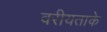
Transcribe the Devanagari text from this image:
वरीयताके